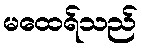
မထေရ်သည်